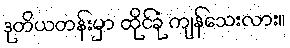
ဒုတိယတန်းမှာ ထိုင်ခုံ ကျန်သေးလား။